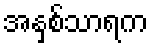
အနှစ်သာရက